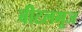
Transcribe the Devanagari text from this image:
बीटलगूज